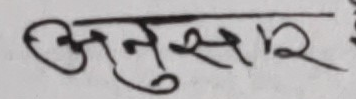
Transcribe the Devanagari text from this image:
अनुसार